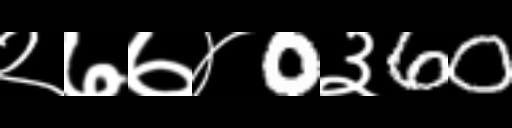
Text: २७७४0३60